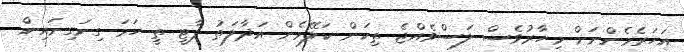
އަހަރެމެންނަށް މިހާރުވެސް ލަސްވެއްޖެ ތިކަން ކަލޭމެން އަދާލަތު ޕާޓީ ތީ ހަމަ ގިނަގިނައިން